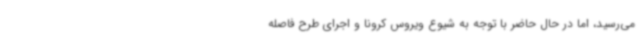
می‌رسید، اما در حال حاضر با توجه به شیوع ویروس کرونا و اجرای طرح فاصله